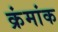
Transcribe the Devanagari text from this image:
क्रंमांक